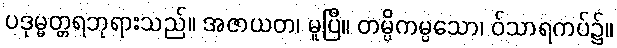
ပဒုမ္မတ္တရဘုရားသည်။ အဇာယတ၊ မူပြီ။ တမ္ပိကမ္ပသော၊ ဝ်သာရကပ်၌။